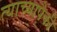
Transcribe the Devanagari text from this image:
त्याच्यापैकी